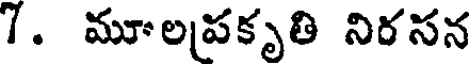
7. మూలపకృతి నిరసన